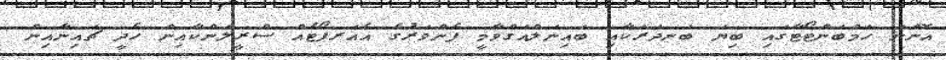
އޮންނަ ހަމްބަންޓޯޓާގައި ބިޔަ ބަނދަރަކާއި ބައިނަލްއަގްވާމީ ފެންވަރުގެ އެއަރޕޯޓެއް ސްރީލަންކާއިން ހެދީ ޗައިނާއިން